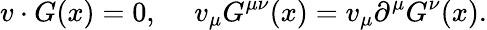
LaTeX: v\cdot G(x)=0,\ \ \ \ \ v_{\mu}G^{\mu\nu}(x)=v_{\mu}\partial^{\mu}G^{\nu}(x).